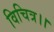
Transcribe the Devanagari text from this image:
विचित्र।।